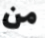
من